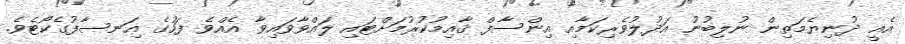
އެއީ ދުނިޔެމަތިން ނުލިބުނު އަދުލުވެރިކަމާއި އިންސާފް ޤާއިމުކުރުމަށްޓައި ލައްވާވައިވާ އެއްވެ ފަހުގެ އިަނސާފުގެކޯޓެވެ.